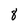
Character: 8